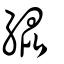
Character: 緄